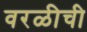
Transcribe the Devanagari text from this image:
वरळीची